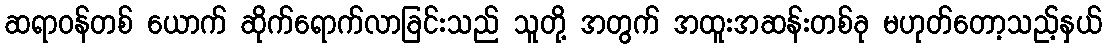
ဆရာဝန်တစ် ယောက် ဆိုက်ရောက်လာခြင်းသည် သူတို့ အတွက် အထူးအဆန်းတစ်ခု မဟုတ်တော့သည့်နှယ်